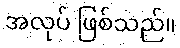
အလုပ် ဖြစ်သည်။